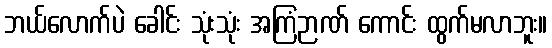
ဘယ်လောက်ပဲ ခေါင်း သုံးသုံး အကြံဉာဏ် ကောင်း ထွက်မလာဘူး။